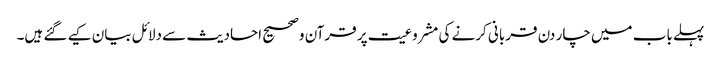
پہلے باب میں چار دن قربانی کرنے کی مشروعیت پر قرآن وصحیح احادیث سے دلائل بیان کیے گئے ہیں۔